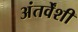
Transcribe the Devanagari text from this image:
अंतर्वेंशी